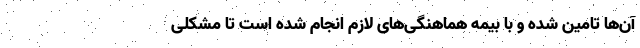
آن‌ها تامین شده و با بیمه هماهنگی‌های لازم انجام شده است تا مشکلی